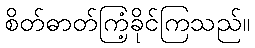
စိတ်ဓာတ်ကြံ့ခိုင်ကြသည်။